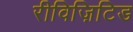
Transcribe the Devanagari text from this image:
रीविज़िटिड